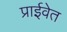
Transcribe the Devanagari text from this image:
प्राईवेत